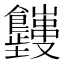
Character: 𬲤